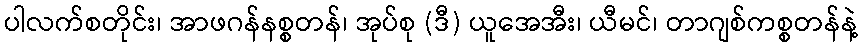
ပါလက်စတိုင်း၊ အာဖဂန်နစ္စတန်၊ အုပ်စု (ဒီ) ယူအေအီး၊ ယီမင်၊ တာဂျစ်ကစ္စတန်နဲ့